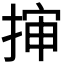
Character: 𭡜